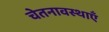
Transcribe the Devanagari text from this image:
चेतनावस्थाएँ